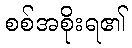
စစ်အစိုးရ၏